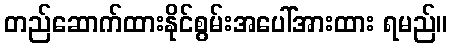
တည်ဆောက်ထားနိုင်စွမ်းအပေါ်အားထား ရမည်။